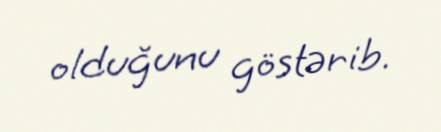
olduğunu göstərib.